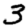
Digit: 3